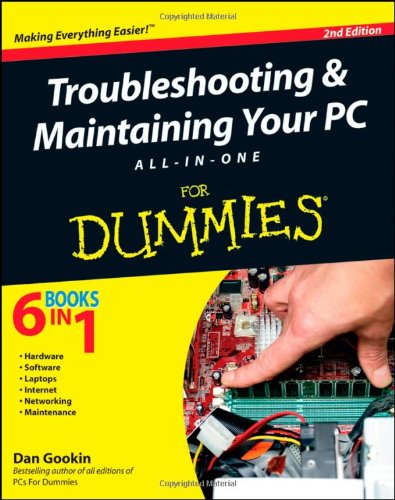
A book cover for Troubleshooting and Maintaining Your PC All-in-One For Dummies; Dan Gookin; Computers & Technology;